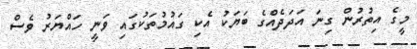
މީގެ އިތުރުން ގިނަ އަދަދެއްގެ ބަޔަކު އެކި ގައުމުތަކުގައި ވަނީ ހައްޔަރު ވެސް